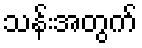
သန်းအတွက်